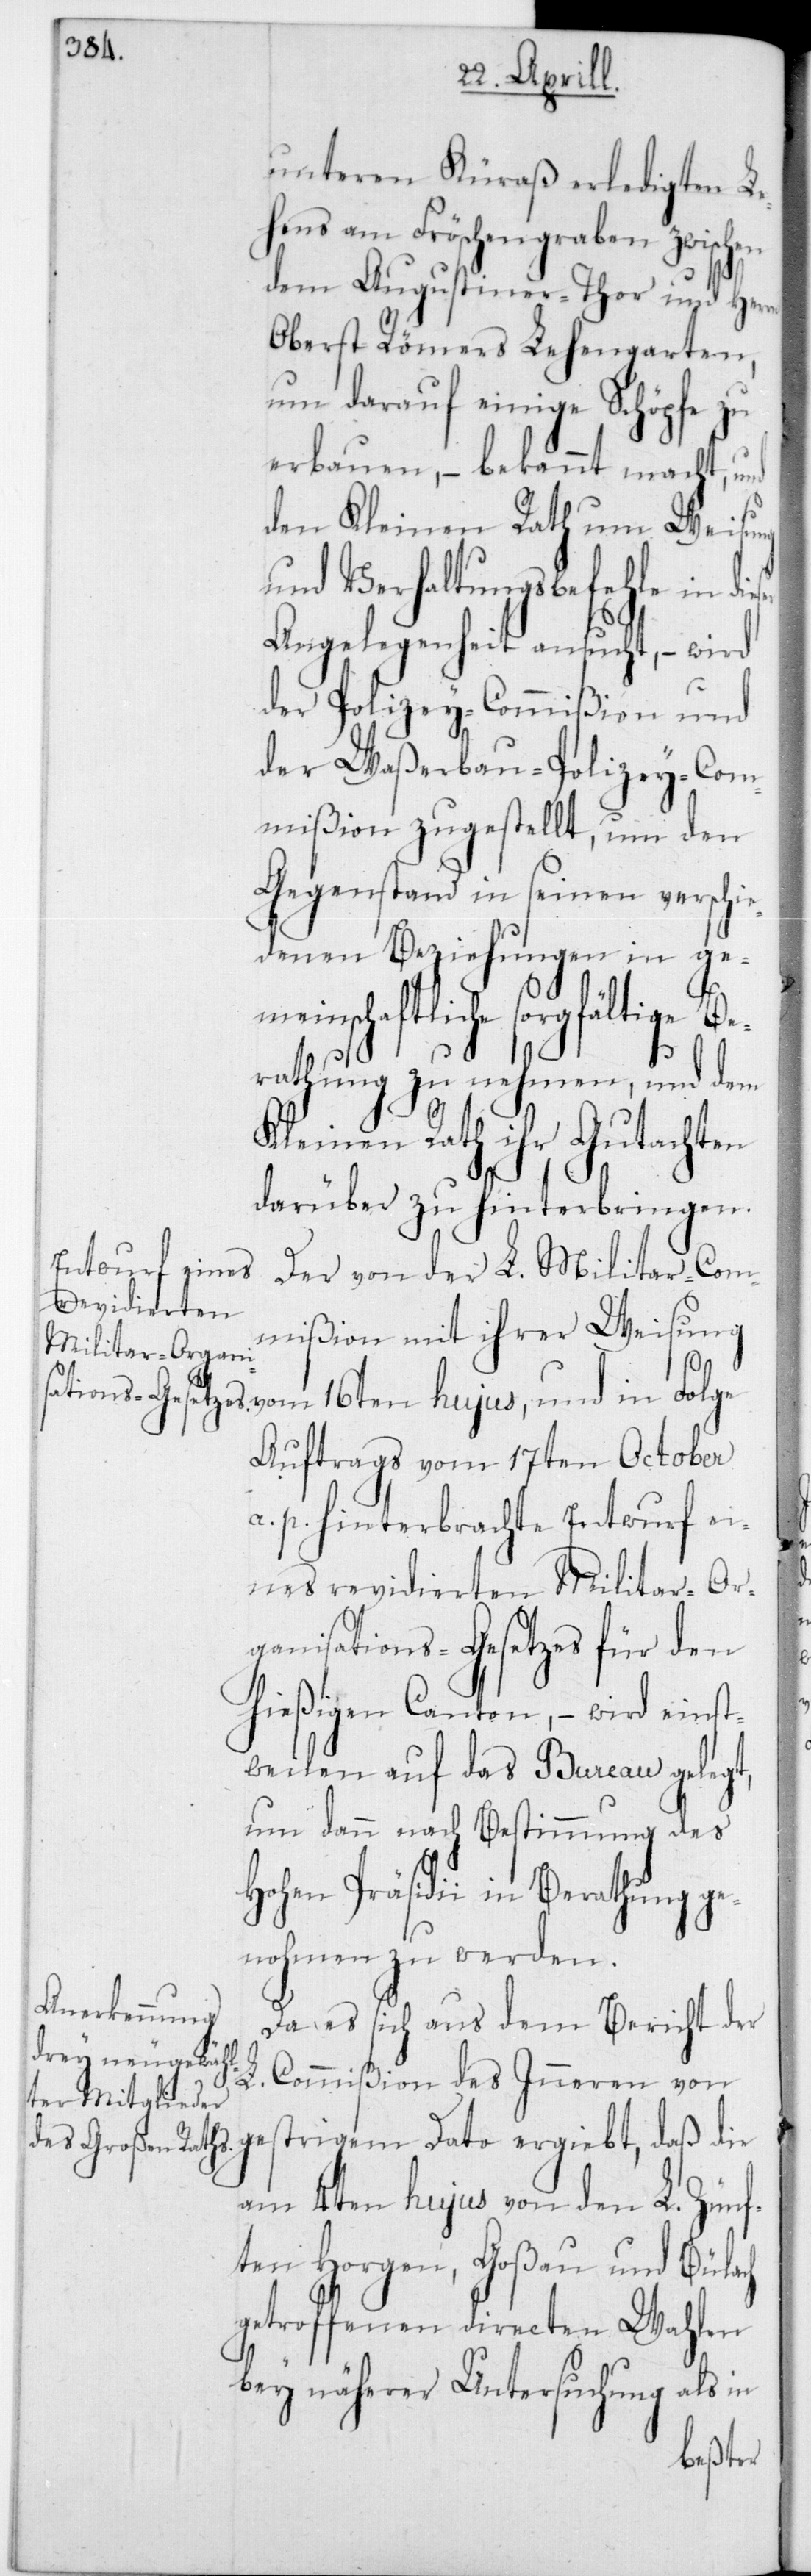
unteren Küraß erledigten Le¬
hens am Fröschengraben zwischen
dem Augustiner-Thor und Herrn
Oberst Römers Lehengarten,
um darauf einige Schöpfe zu
erbauen, – bekannt macht, und
den Kleinen Rath um Weisung
und Verhaltungsbefehle in die¬
Angelegenheit ansucht, – wird
der Polizey-Commißion und
der Waßerbau-Polizey-Com¬
mißion zugestellt, um den
Gegenstand in seinen verschie¬
denen Beziehungen in geme¬
inschaftliche sorgfältige Be¬
rathung zu nehmen, und dem
Kleinen Rath ihr Gutachten
darüber zu hinterbringen.
Der von der L. Militar-Com¬
mißion mit ihrer Weisung
16ten
Auftrags vom 17ten October
a. p. hinterbrachte Entwurf ei¬
nes revidierten Militar-Or¬
ganisations-Gesetzes für den
hießigen Canton, – wird einst¬
weilen auf das Bureau gelegt,
um dann nach Bestimmung des
Hohen Präsidii in Berathung ge¬
nohmen zu werden.
Da es sich aus dem Bericht der
L.
Commißion des Inneren vom
gestrigem Dato ergiebt, daß die
am 4ten hujus von den L. Zünf¬
ten Horgen, Goßau und Bülach
getroffenen directen Wahlen
bey näherer Untersuchung als in